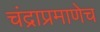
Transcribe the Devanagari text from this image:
चंद्राप्रमाणेच